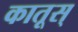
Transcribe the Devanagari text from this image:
कातूस्